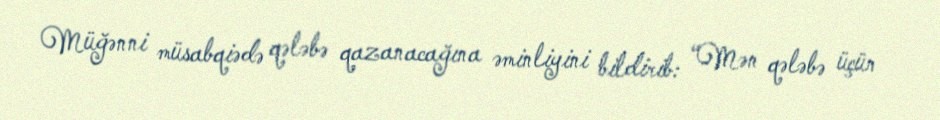
Müğənni müsabqiədə qələbə qazanacağına əminliyini bildirib: “Mən qələbə üçün